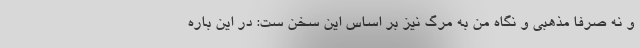
و نه صرفاً مذهبی و نگاه من به مرگ نیز بر اساس این سخن ست: در این باره